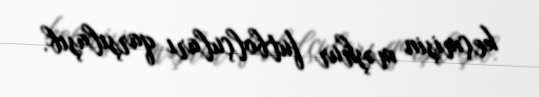
keçmişin məşhur futbolçuları qarşılaşıb.